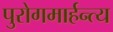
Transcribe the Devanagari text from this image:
पुरोगमार्हन्त्य